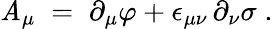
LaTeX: \mathit{A}_{\mu}\; =\; \partial_{\mu}\varphi+\epsilon_{\mu\nu}\, \partial_{\nu}\sigma\; .